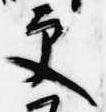
更